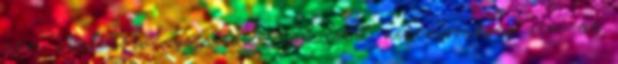
nem utal törvénysértésre, épp ezért nincs szükség sem az